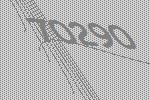
70290